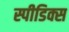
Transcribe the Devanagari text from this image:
स्पीडिक्स